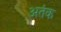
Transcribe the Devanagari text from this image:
अतंक